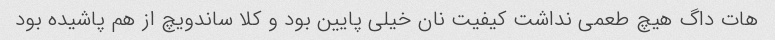
هات داگ هیچ طعمی نداشت کیفیت نان خیلی پایین بود و کلا ساندویچ از هم پاشیده بود